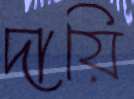
দায়ি